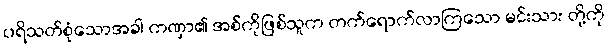
ပရိသတ်စုံသောအခါ ကဏှာ၏ အစ်ကိုဖြစ်သူက တက်ရောက်လာကြသော မင်းသား တို့ကို